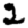
Digit: 2